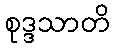
စုဒ္ဒသာတိ